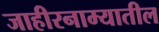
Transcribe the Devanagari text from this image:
जाहीरनाम्यातील